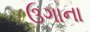
ઉગાના